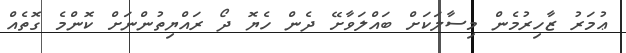
ޢުމަރު ޒާހިރުމެން މިސާލަކަށް ބައްލަވާށޭ ދެން ހެޔޮ ދޯ ރައްޔިތުންނަށް ކޮންމެ ގޮތެއް